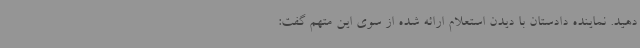
دهید. نماینده دادستان با دیدن استعلام ارائه شده از سوی این متهم گفت: